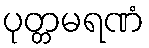
ပုတ္တမရဏံ